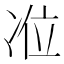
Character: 𭂏